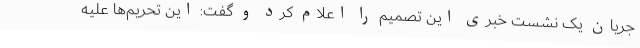
جریان یک نشست خبری این تصمیم را اعلام کرد و گفت: این تحریم‌ها علیه